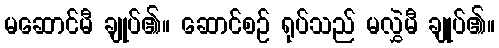
မဆောင်မီ ချုပ်၏။ ဆောင်စဉ် ရုပ်သည် မလွှဲမီ ချုပ်၏။